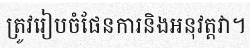
ត្រូវរៀបចំផែនការនិងអនុវត្តវា។